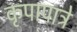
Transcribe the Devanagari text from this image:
कृपापात्रे